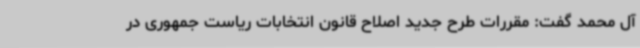
آل محمد گفت: مقررات طرح جدید اصلاح قانون انتخابات ریاست جمهوری در